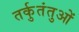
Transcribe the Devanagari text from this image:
तर्कुतंतुओं